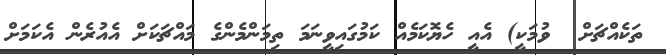
ތަކެއްޗަށް  ވުމަކީ) އެއީ ހެޔޮކަމެއް ކަމުގައިވީނަމަ ތިމަންމެންގެ މައްޗަކަށް އެއުރެން އެކަމަށް